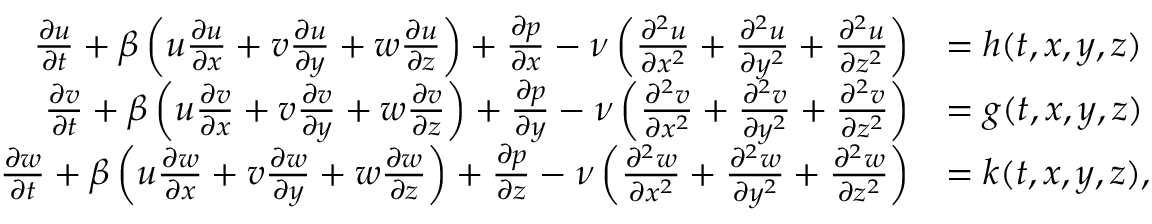
\begin{array} { r l } { \frac { \partial u } { \partial t } + \beta \left( u \frac { \partial u } { \partial x } + v \frac { \partial u } { \partial y } + w \frac { \partial u } { \partial z } \right) + \frac { \partial p } { \partial x } - \nu \left( \frac { \partial ^ { 2 } u } { \partial x ^ { 2 } } + \frac { \partial ^ { 2 } u } { \partial y ^ { 2 } } + \frac { \partial ^ { 2 } u } { \partial z ^ { 2 } } \right) } & { = h ( t , x , y , z ) } \\ { \frac { \partial v } { \partial t } + \beta \left( u \frac { \partial v } { \partial x } + v \frac { \partial v } { \partial y } + w \frac { \partial v } { \partial z } \right) + \frac { \partial p } { \partial y } - \nu \left( \frac { \partial ^ { 2 } v } { \partial x ^ { 2 } } + \frac { \partial ^ { 2 } v } { \partial y ^ { 2 } } + \frac { \partial ^ { 2 } v } { \partial z ^ { 2 } } \right) } & { = g ( t , x , y , z ) } \\ { \frac { \partial w } { \partial t } + \beta \left( u \frac { \partial w } { \partial x } + v \frac { \partial w } { \partial y } + w \frac { \partial w } { \partial z } \right) + \frac { \partial p } { \partial z } - \nu \left( \frac { \partial ^ { 2 } w } { \partial x ^ { 2 } } + \frac { \partial ^ { 2 } w } { \partial y ^ { 2 } } + \frac { \partial ^ { 2 } w } { \partial z ^ { 2 } } \right) } & { = k ( t , x , y , z ) , } \end{array}